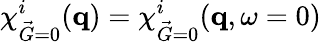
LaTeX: \chi_{\vec{G}=0}^{i}(\mathbf{q})=\chi_{\vec{G}=0}^{i}(\mathbf{q},\omega=0)